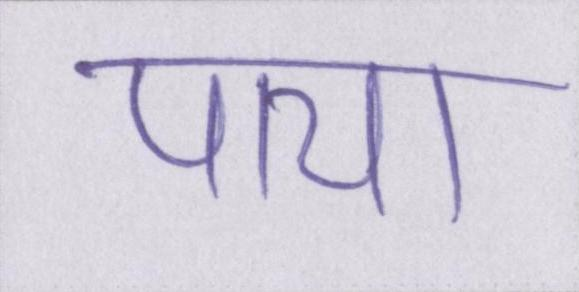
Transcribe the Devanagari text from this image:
पाया